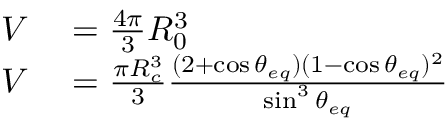
\begin{array} { r l } { V } & { { } = \frac { 4 \pi } { 3 } R _ { 0 } ^ { 3 } } \\ { V } & { { } = \frac { \pi R _ { c } ^ { 3 } } { 3 } \frac { ( 2 + \cos \theta _ { e q } ) ( 1 - \cos \theta _ { e q } ) ^ { 2 } } { \sin ^ { 3 } \theta _ { e q } } } \end{array}